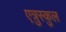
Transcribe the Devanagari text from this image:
एत्रुस्कुल